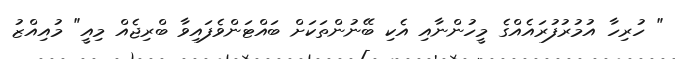
" ހުރިހާ އުމުރުފުރައެއްގެ މީހުންނާއި އެކި ބޭނުންތަކަށް ބައްޓަންވެފައިވާ ބްރިޖެއް މިއީ" މުއިއްޒު